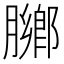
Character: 膷